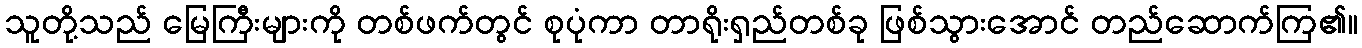
သူတို့သည် မြေကြီးများကို တစ်ဖက်တွင် စုပုံကာ တာရိုးရှည်တစ်ခု ဖြစ်သွားအောင် တည်ဆောက်ကြ၏။